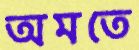
অমতে